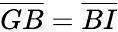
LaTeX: \overline{{GB}}=\overline{{BI}}